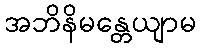
အဘိနိမန္တေယျာမ